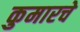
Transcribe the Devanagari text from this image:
कुमारचे